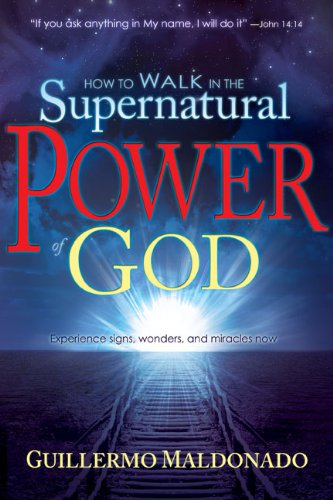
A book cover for How To Walk In The Supernatural Power Of God; Guillermo Maldonado; Christian Books & Bibles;